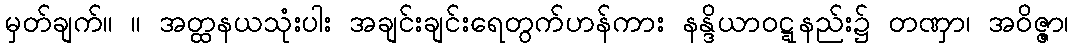
မှတ်ချက်။ ။ အတ္ထနယသုံးပါး အချင်းချင်းရေတွက်ဟန်ကား နန္ဒိယာဝဋ္ဋနည်း၌ တဏှာ၊ အဝိဇ္ဇာ၊